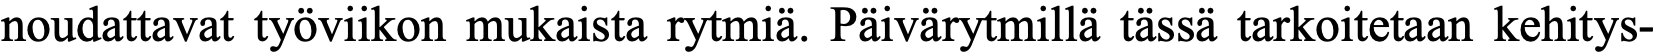
noudattavat työviikon mukaista rytmiä. Päivärytmillä tässä tarkoitetaan kehitys-